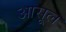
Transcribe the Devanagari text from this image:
आसूल